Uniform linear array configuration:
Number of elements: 24
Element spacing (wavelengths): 0.25
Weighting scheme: cosine
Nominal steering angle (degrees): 30
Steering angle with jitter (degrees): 30.499
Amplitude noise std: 0.05
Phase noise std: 0.05

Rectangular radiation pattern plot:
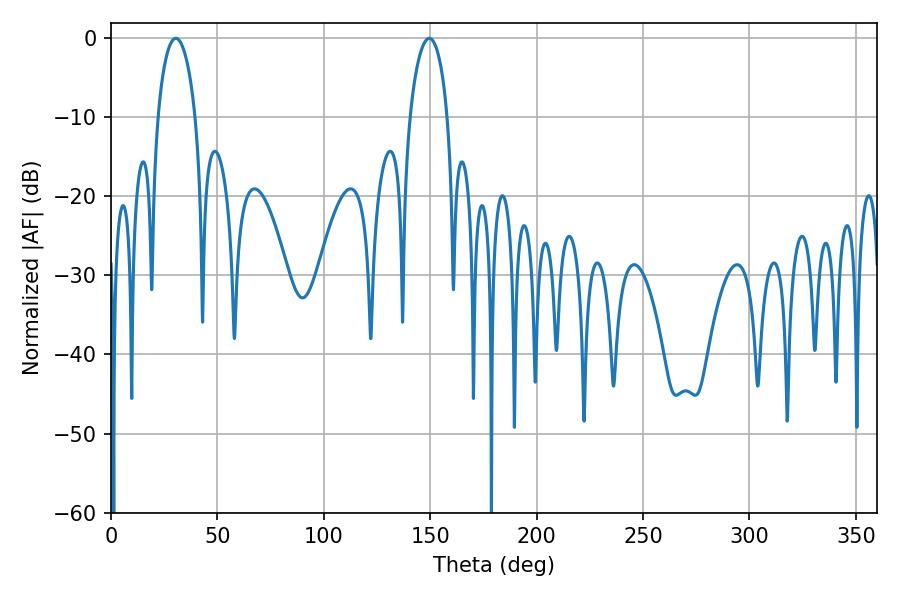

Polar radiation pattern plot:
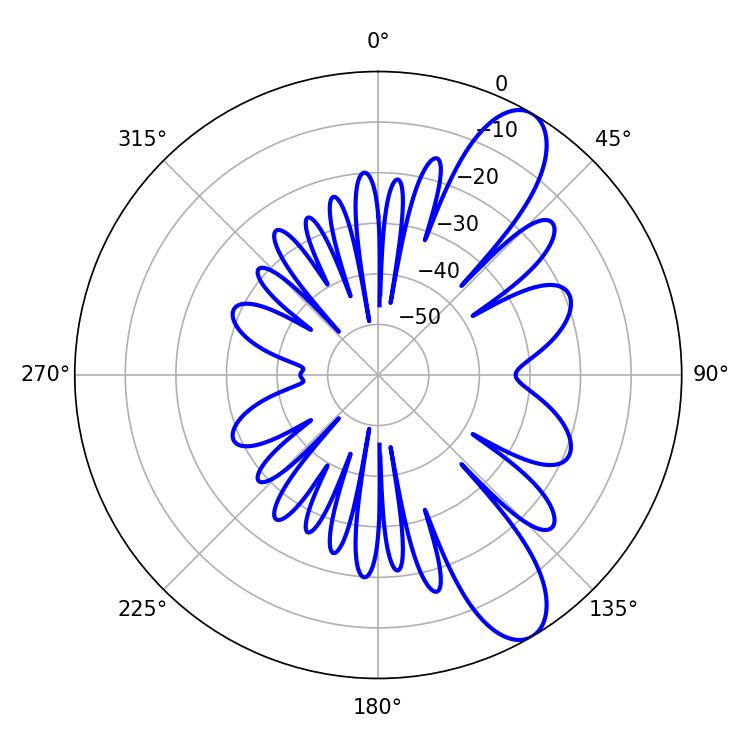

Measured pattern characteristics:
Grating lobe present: FALSE
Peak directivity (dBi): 10.019
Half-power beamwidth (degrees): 10.08
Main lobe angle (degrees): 30.42